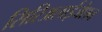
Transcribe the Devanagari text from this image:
सिरिअलाईजेशन